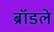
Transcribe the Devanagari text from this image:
ब्रॉडले